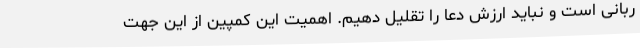
ربانی است و نباید ارزش دعا را تقلیل دهیم. اهمیت این کمپین از این جهت